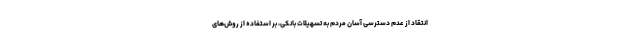
انتقاد از عدم دسترسی آسان مردم به تسهیلات بانکی، بر استفاده از روش‌های